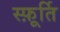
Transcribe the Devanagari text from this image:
स्फ़ूर्ति